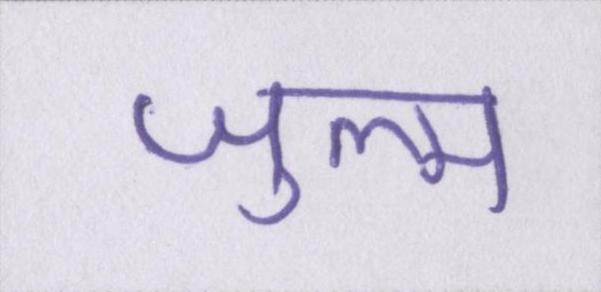
ज़ुल्म